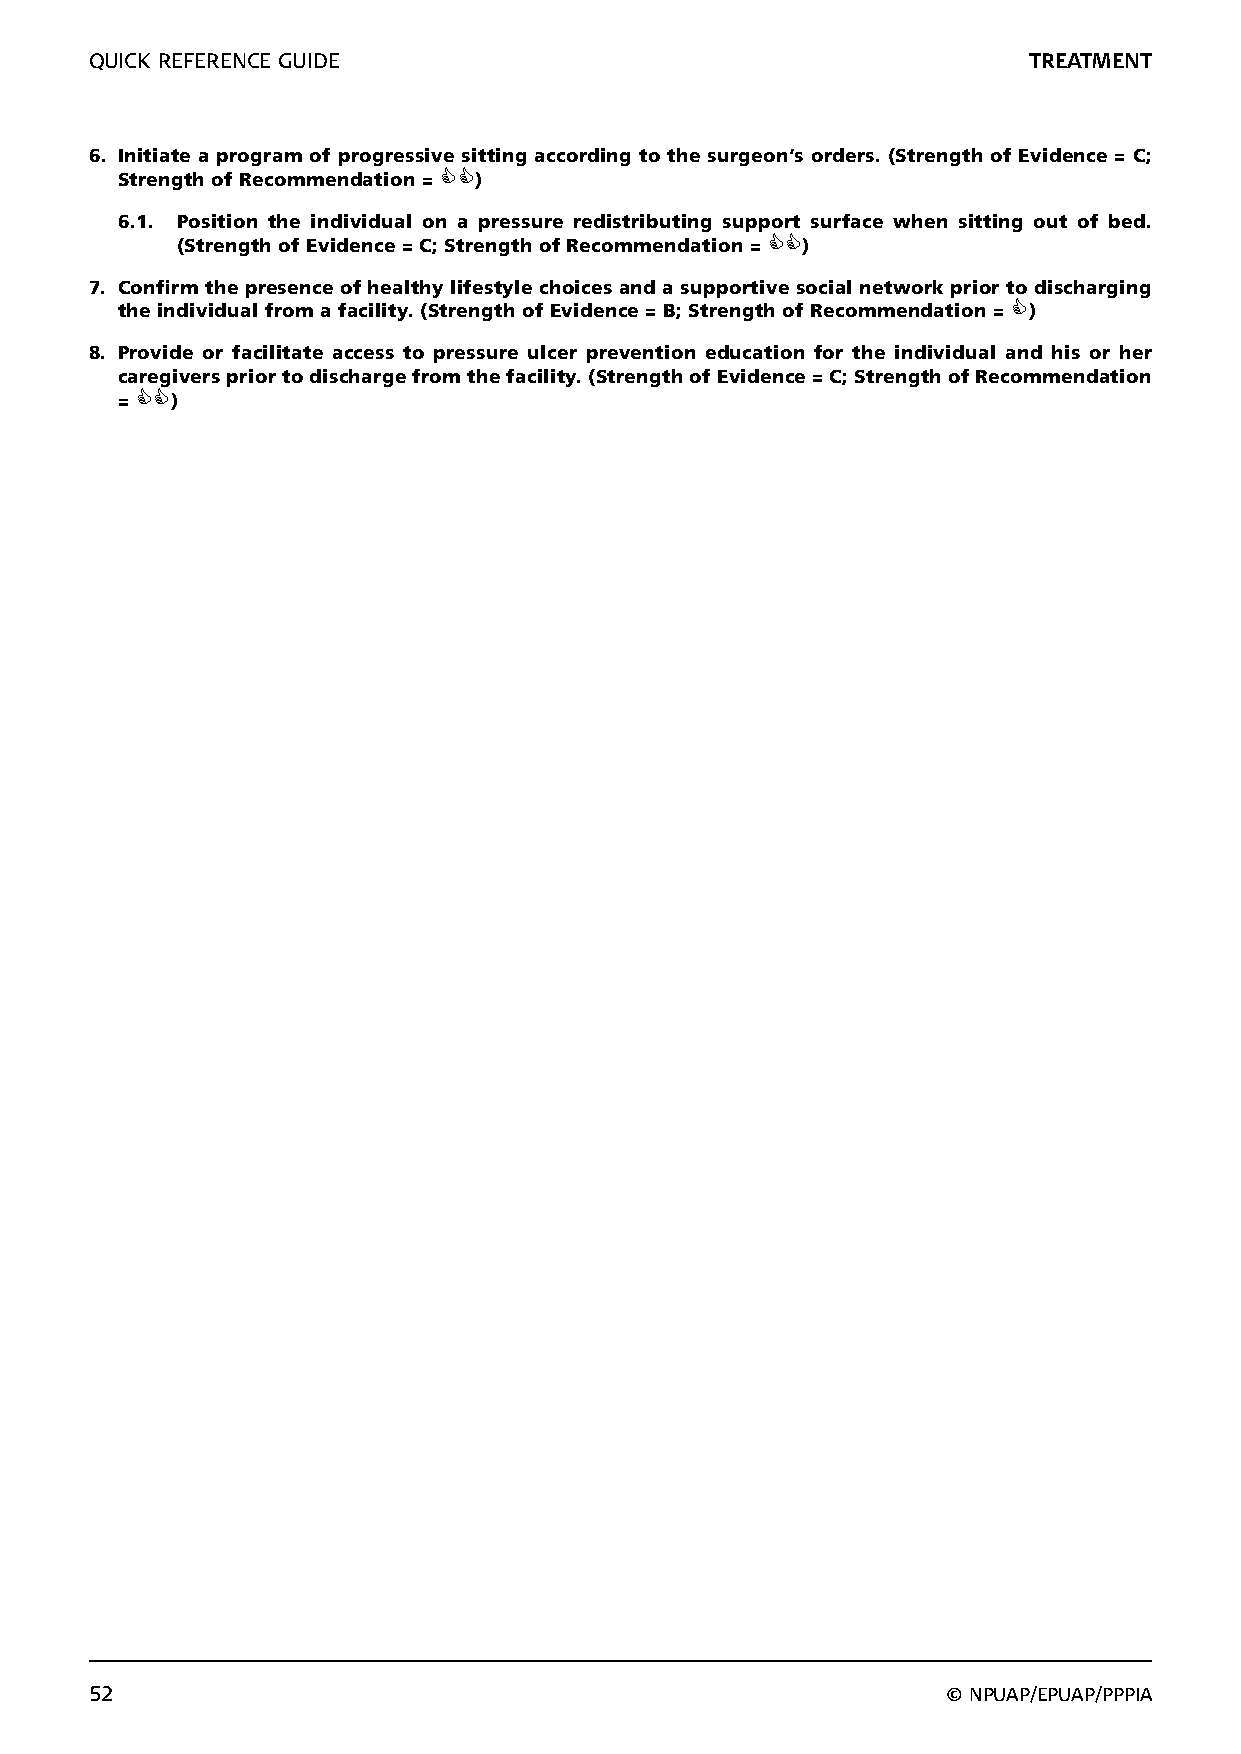
QUICK REFERENCE GUIDE                                         TREATMENT
 6. Initiate a program of progressive sitting according to the surgeon’s orders. (Strength of Evidence = C;
 Strength of Recommendation = )
 6.1. Position the individual on a pressure redistributing support surface when sitting out of bed.
 (Strength of Evidence = C; Strength of Recommendation = )
 7. Confirm the presence of healthy lifestyle choices and a supportive social network prior to discharging
 the individual from a facility. (Strength of Evidence = B; Strength of Recommendation = )
 8. Provide or facilitate access to pressure ulcer prevention education for the individual and his or her
 caregivers prior to discharge from the facility. (Strength of Evidence = C; Strength of Recommendation
 = )
 52                                                       © NPUAP/EPUAP/PPPIA